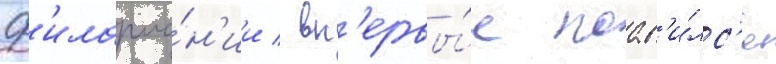
ф'илармо́н'ии / вп'ервы́е поав'и́лс'я